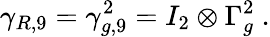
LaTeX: \gamma_{R,9}=\gamma_{g,9}^{2}=I_{2}\otimes\Gamma_{g}^{2}~.